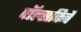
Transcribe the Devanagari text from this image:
पॉल्सकिर्चे